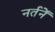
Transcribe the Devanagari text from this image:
नर्तनें